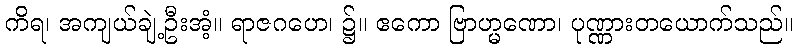
ကိရ၊ အကျယ်ချဲ့ဦးအံ့။ ရာဇဂဟေ၊ ၌။ ဧကော ဗြာဟ္မဏော၊ ပုဏ္ဏားတယောက်သည်။